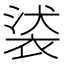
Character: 𧚚